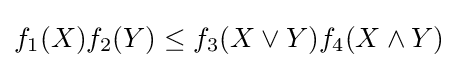
f_{1}(X)f_{2}(Y)\leq f_{3}(X\vee Y)f_{4}(X\wedge Y)